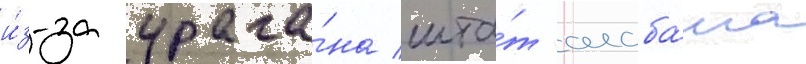
и́з-за урага́на шта́т алаба́ма